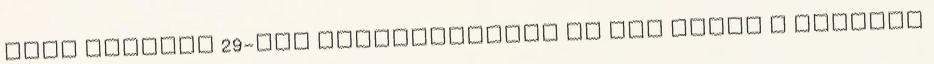
Belá április 29-től visszavonásig le van zárva a túrázók